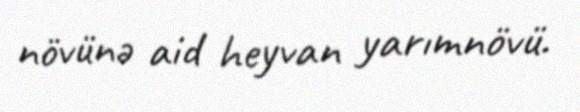
növünə aid heyvan yarımnövü.